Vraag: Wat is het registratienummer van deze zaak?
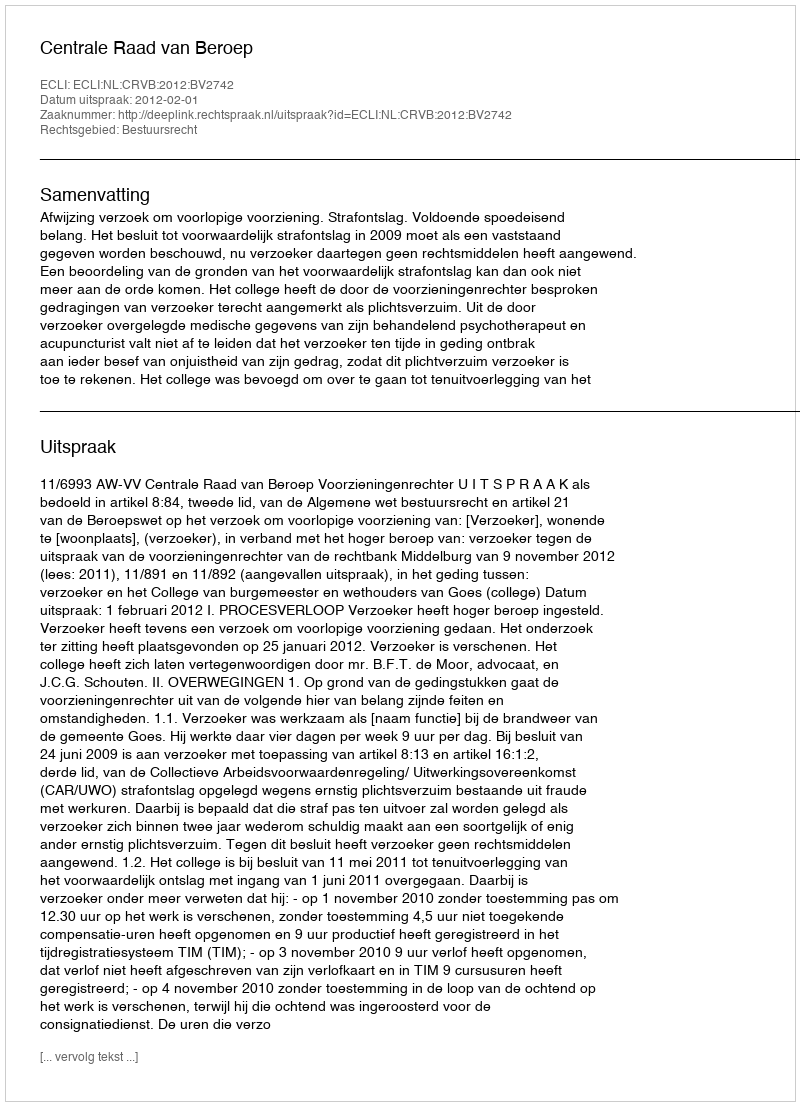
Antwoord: http://deeplink.rechtspraak.nl/uitspraak?id=ECLI:NL:CRVB:2012:BV2742